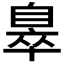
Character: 𦤖